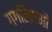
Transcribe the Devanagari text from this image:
गगलिएमी